Indian journal of veterinary science and animal husbandry - Volume 12,
Year: 1942
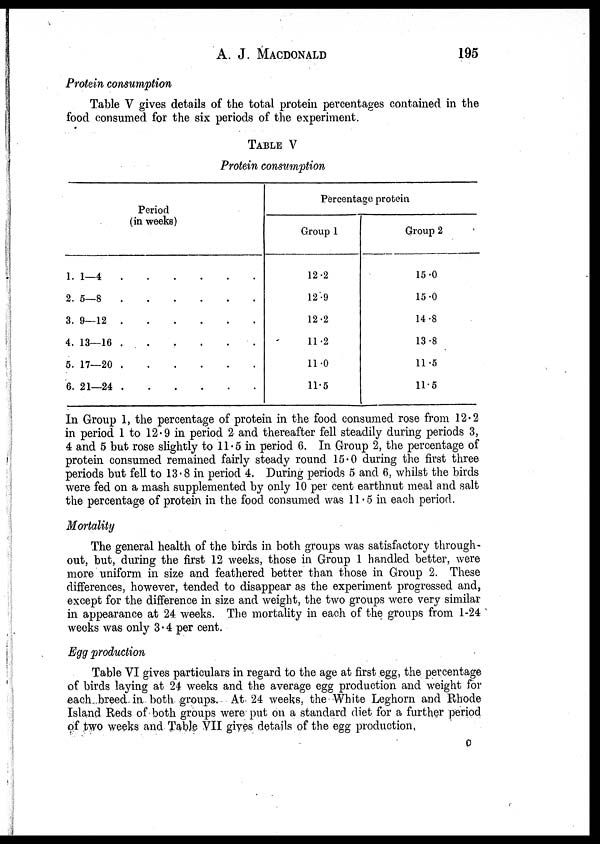
A. J. MACDONALD 195
Protein consumption
Table V gives details of the total protein percentages contained in the
food consumed for the six periods of the experiment.
TABLE V
Protein consumption
Period
(in weeks)
1.
2.
3.
4.
5.
6.
1—4
5—8
9—12
13—16
17—20
21—24
Percentage protein
Group 1
12.2
12.9
12.2
11.2
11.0
11.5
Group 2
15.0
15.0
14.8
13.8
11.5
11.5
In Group 1, the percentage of protein in the food consumed rose from 12.2
in period 1 to 12.9 in period 2 and thereafter fell steadily during periods 3,
4 and 5 but rose slightly to 11.5 in period 6. In Group 2, the percentage of
protein consumed remained fairly steady round 15.0 during the first three
periods but fell to 13.8 in period 4. During periods 5 and 6, whilst the birds
were fed on a mash supplemented by only 10 per cent earthnut meal and salt
the percentage of protein in the food consumed was 11.5 in each period.
Mortality
The general health of the birds in both groups was satisfactory through-
out, but, during the first 12 weeks, those in Group 1 handled better, were
more uniform in size and feathered better than those in Group 2. These
differences, however, tended to disappear as the experiment progressed and,
except for the difference in size and weight, the two groups were very similar
in appearance at 24 weeks. The mortality in each of the groups from 1-24
weeks was only 3.4 per cent.
Egg production
Table VI gives particulars in regard to the age at first egg, the percentage
of birds laying at 24 weeks and the average egg production and weight for
each breed in both groups. At 24 weeks, the White Leghorn and Rhode
Island Reds of both groups were put on a standard diet for a further period
of two weeks and Table VII gives details of the egg production.
O